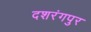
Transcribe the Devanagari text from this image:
दशरंगपुर